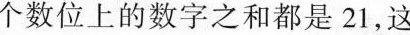
个数位上的数字之和都是21，这